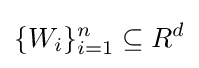
\{W_{i}\}_{i=1}^{n}\subseteq R^{d}